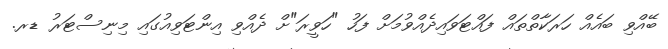
ބޭއްވި ބައެއް ހަރަކާތްތައް ފައްޓަވައިދެއްވުމަށް ފަހު "ހަވީރަ"ށް ދެއްވި އިންޓަވިއުގައި މިނިސްޓަރު ޑރ.